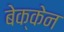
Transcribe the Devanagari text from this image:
बेक्केन